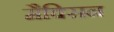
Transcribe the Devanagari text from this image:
मैक्सिन